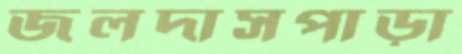
জলদাসপাড়া